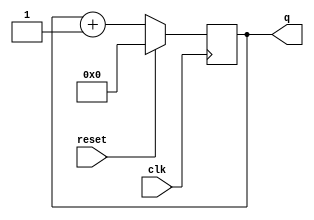
module top_module (
    input clk,
    input reset,      // Synchronous active-high reset
    output reg [3:0] q
);
    // Binary counter logic: Reset q when reset is high, otherwise increment q on each rising edge of clk
    always @(posedge clk) begin
        if (reset)
            q <= 4'b0000;
        else
            q <= q + 1;
    end
endmodule